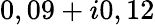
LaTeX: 0,09+i0,12